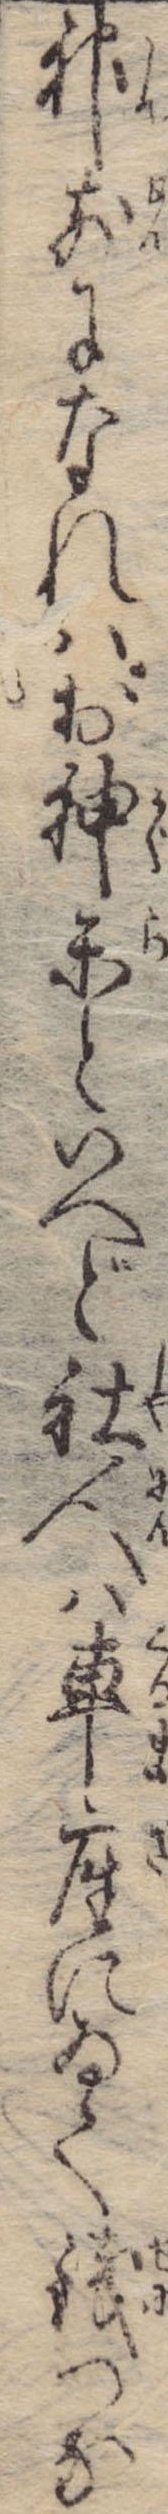
神前になれはお神楽といへど社人は車座にゐて銭つな